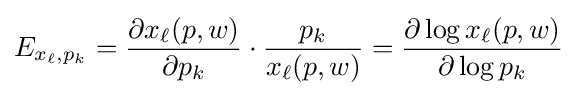
E_{x_{\ell },p_{k}}={\frac {\partial x_{\ell }(p,w)}{\partial p_{k}}}\cdot {\frac {p_{k}}{x_{\ell }(p,w)}}={\frac {\partial \log x_{\ell }(p,w)}{\partial \log p_{k}}}